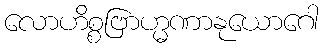
လောဟိစ္စဗြာဟ္မဏာနုယောဂေါ